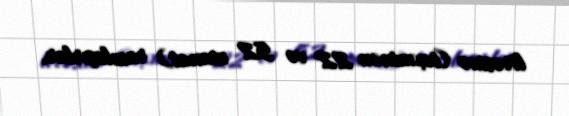
lirəsinə (təxminən 22 və 52 manat) razılaşırlar.